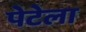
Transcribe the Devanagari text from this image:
पेटेला